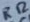
Text: R12